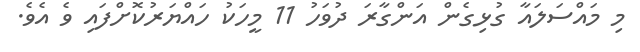
މި މައްސަލައާ ގުޅިގެން އަންގާރަ ދުވަހު 11 މީހަކު ހައްޔަރުކޮށްފައި ވެ އެވެ.